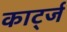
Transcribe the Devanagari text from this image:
कार्ट्ज